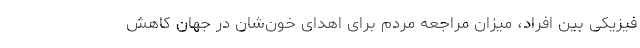
فیزیکی بین افراد، میزان مراجعه مردم برای اهدای خون‌شان در جهان کاهش